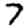
Digit: 7